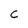
Character: C